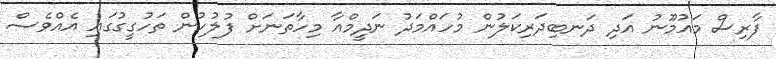
ފާރިސް މައުމޫނު އަދި ދަނބިދަރިކަލުން މުހައްމަދު ނަދީމްއާ މިހާތަނަށް ފުލުހުން ތަހުގީގުގައި އެއްވެސް